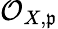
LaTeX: {\mathcal{O}}_{X,{\mathfrak{p}}}